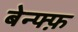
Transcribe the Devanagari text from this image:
बेन्फ्फ़